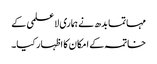
مہاتما بدھ نے ہماری لاعلمی کے
خاتمہ کے امکان کا اظہار کیا۔